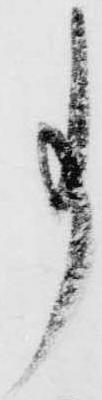
事